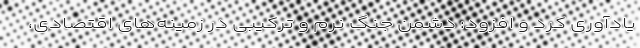
یادآوری کرد و افزود: دشمن جنگ نرم و ترکیبی در زمینه‌های اقتصادی،